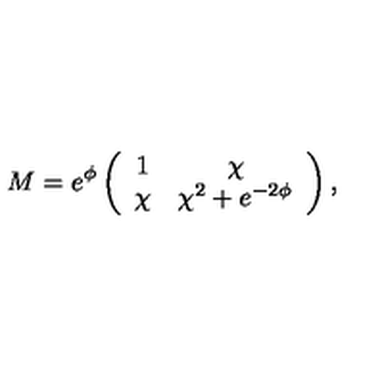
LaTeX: M = e ^ { \phi } \left( \begin{array} { c c } { 1 } & { \chi } \\ { \chi } & { \chi ^ { 2 } + e ^ { - 2 \phi } } \\ \end{array} \right) ,